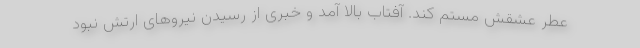
عطر عشقش مستم کند. آفتاب بالا آمد و خبری از رسیدن نیروهای ارتش نبود